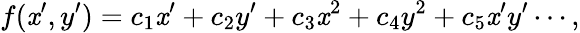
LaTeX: f(\mathit{x}^{\prime},y^{\prime})=c_{1}\mathit{x}^{\prime}+c_{2}y^{\prime}+c_{3}\mathit{x}^{2}+c_{4}y^{2}+c_{5}\mathit{x}^{\prime}y^{\prime}\cdots,